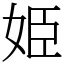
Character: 姫